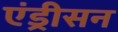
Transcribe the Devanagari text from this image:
एंड्रीसन